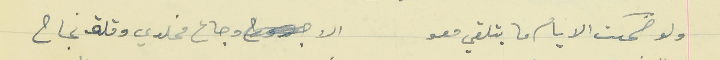
ولو ضحكت الايام ما بتلقي معو                                    الا وجاع مخلدي وقلة نجاح